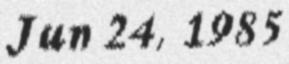
Jun 24, 1985